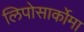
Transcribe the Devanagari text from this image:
लिपोसार्कोमा